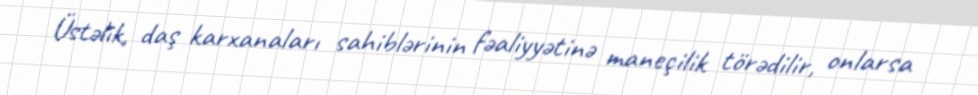
Üstəlik, daş karxanaları sahiblərinin fəaliyyətinə maneçilik törədilir, onlarsa